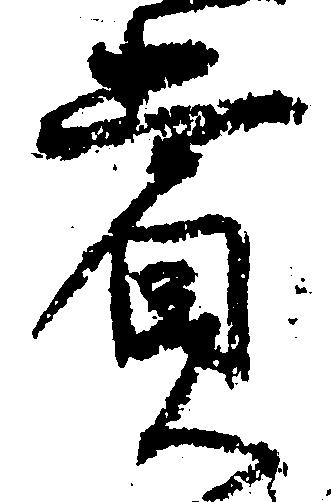
賞